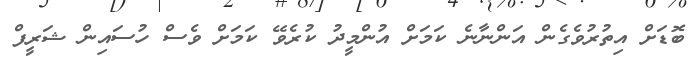
ބޮޑަށް އިތުރުވެގެން އަންނާނެ ކަމަށް އުންމީދު ކުރެވޭ ކަމަށް ވެސް ހުސައިން ޝަރީފް